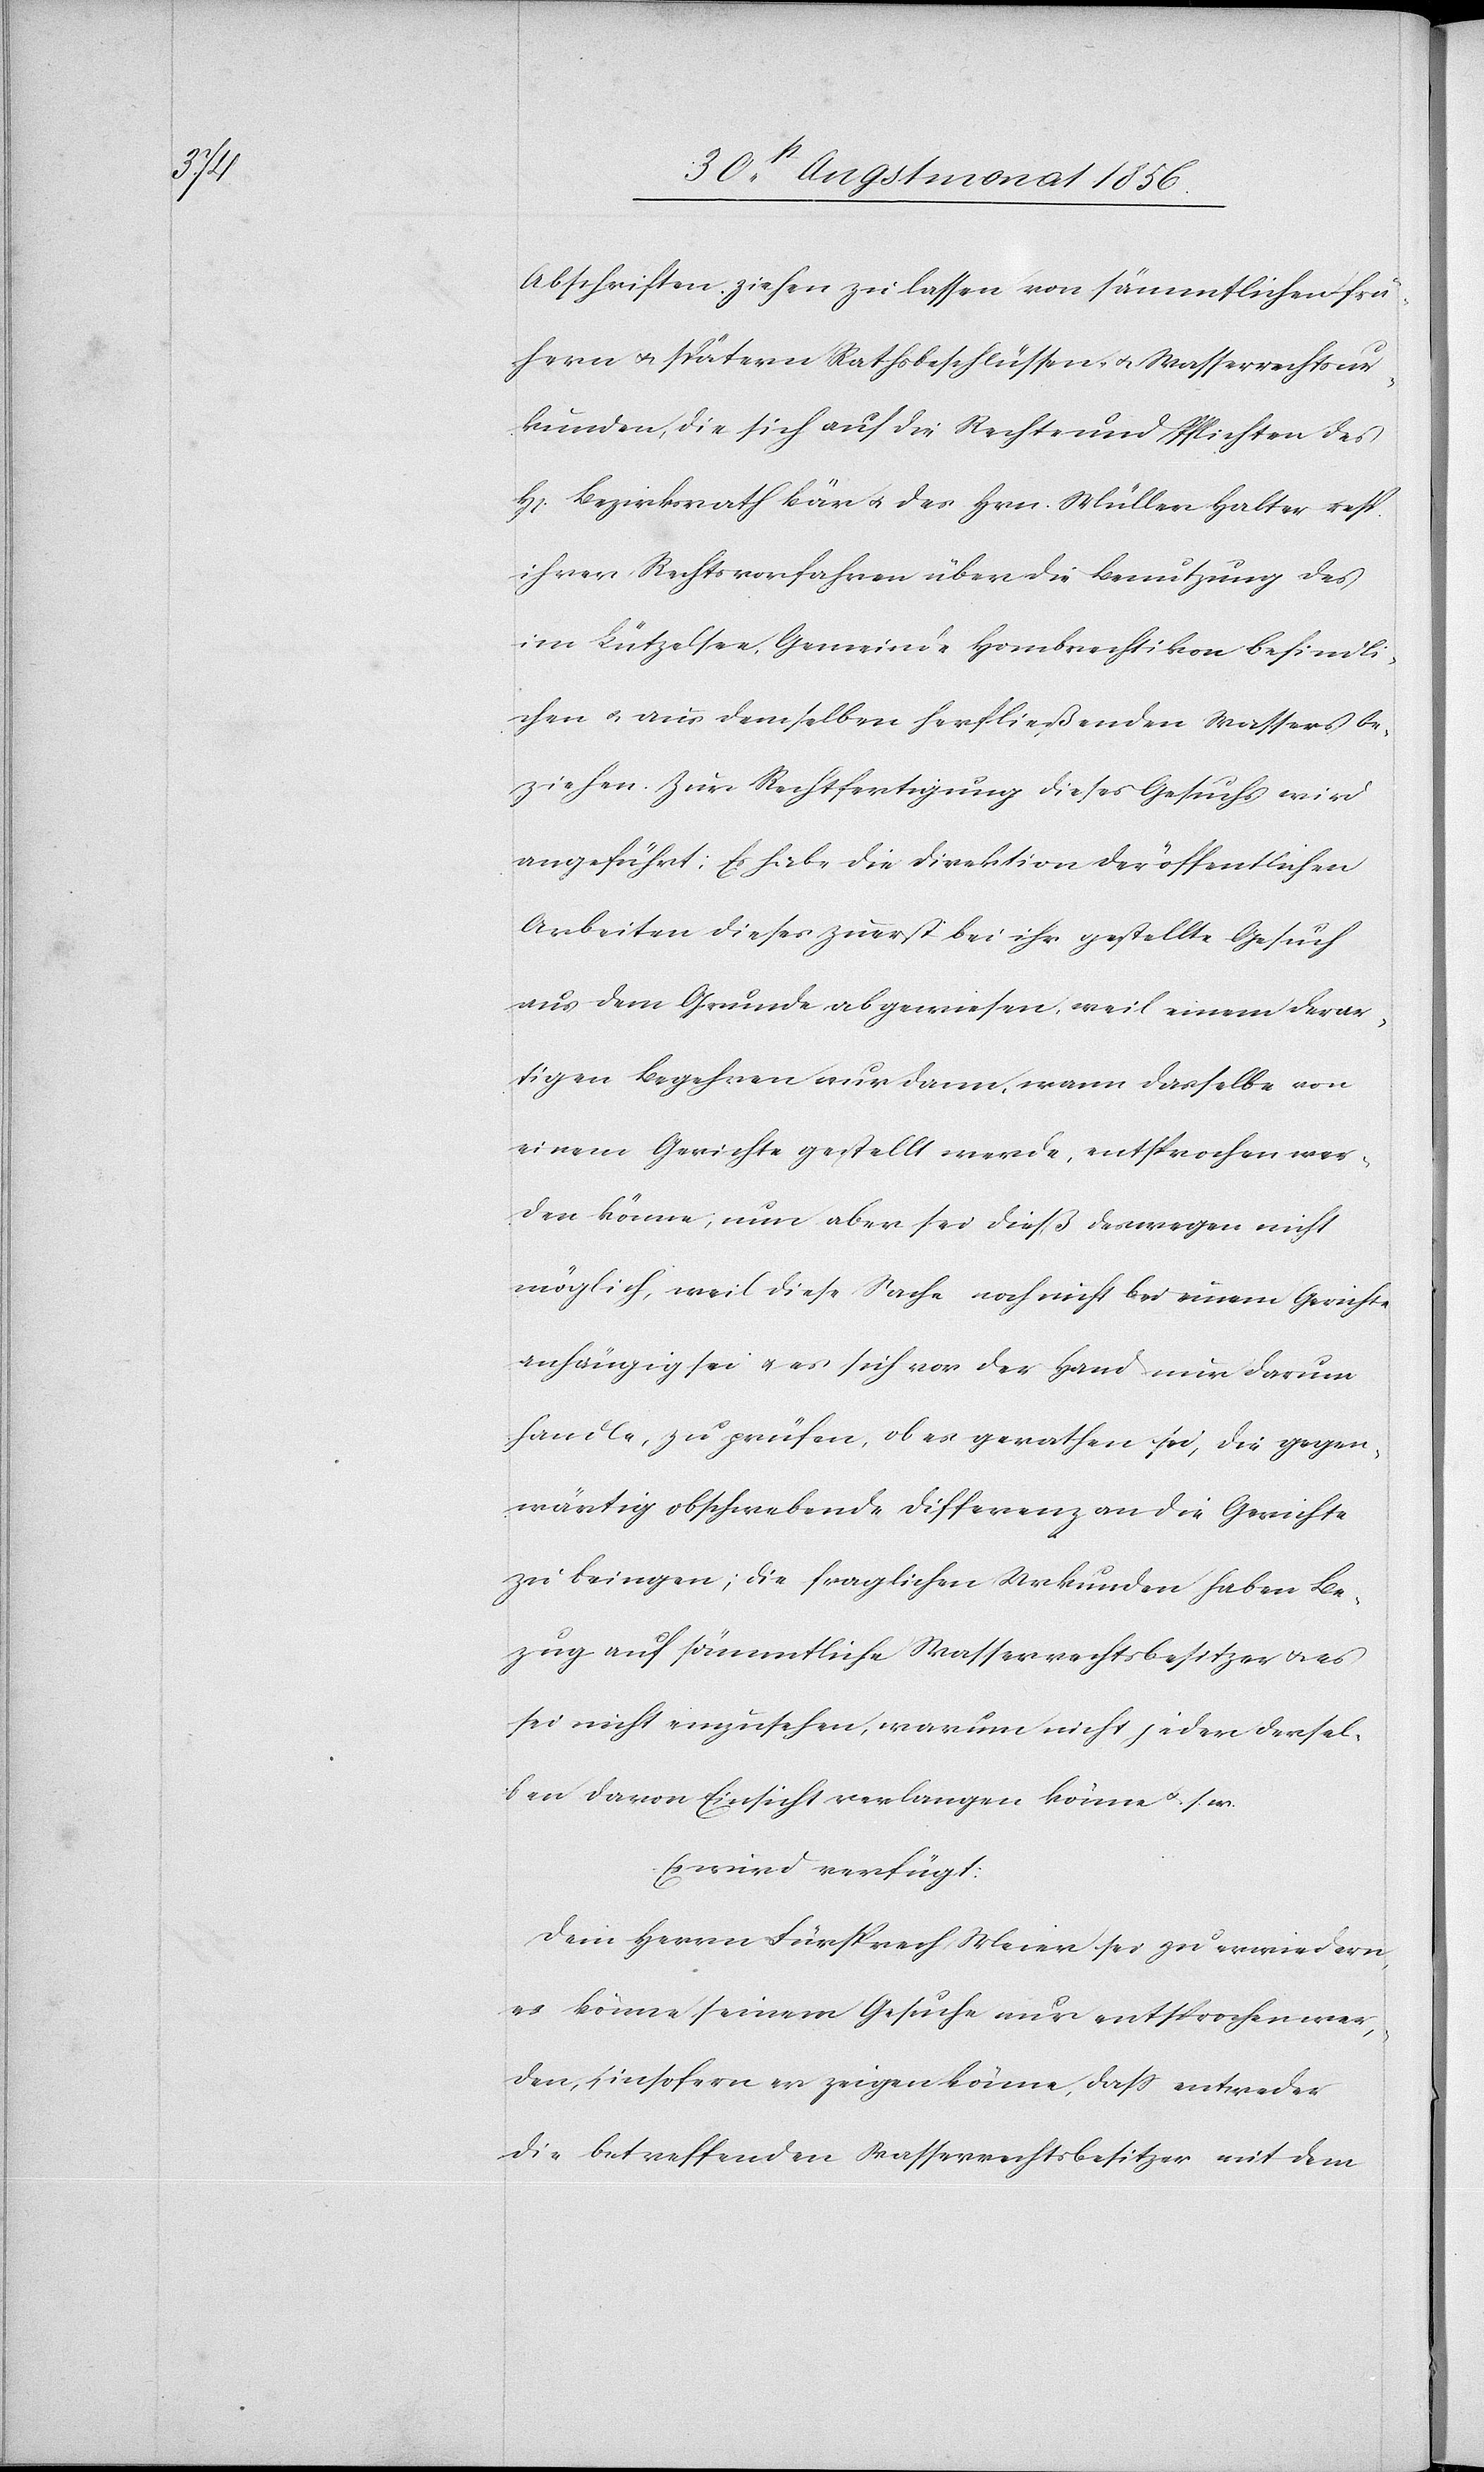
H[err¬

Abschriften ziehen zu lassen von sämmtlichen frü¬
hern u. spätern Rathsbeschlüssen u. Wasserrechtsur¬
kunden, die sich auf die Rechte und Pflichten des
n] Bezirksrath Bär u. des Hrn. Müller Halter resp.
ihrer Rechtsvorfahren über die Benutzung des
im Lützelsee, Gemeinde Hombrechtikon befindli¬
chen u. aus demselben herfließenden Wassers be¬
ziehen. Zur Rechtfertigung dieses Gesuchs wird
angeführt: Es habe die Direktion der öffentlichen
Arbeiten dieses zuerst bei ihr gestellte Gesuch
aus dem Grunde abgewiesen, weil einem derar¬
tigen Begehren nur dann, wann dasselbe von
einem Gerichte gestellt werde, entsprochen wer¬
den könne; nun aber sei dieß deswegen nicht
möglich, weil diese Sache noch nicht bei einem Gerichte
anhängig sei u. es sich vor der Hand nun darum
handle, zu prüfen, ob es gerathen sei, die gegen¬
wärtig obschwebende Differenz an die Gerichte
zu bringen; die fraglichen Urkunden haben Be¬
zug auf sämmtliche Wasserrechtsbesitzer u. es
sei nicht einzusehen, warum nicht jeder dersel¬
ben davon Einsicht verlangen könne u. s. w.
Es wird verfügt:
Dem Herrn Fürsprech Meier sei zu erwiedern,
es könne seinem Gesuche nur entsprochen wer¬
den, insofern er zeigen könne, dass entweder
die betreffenden Wasserrechtsbesitzer mit dem